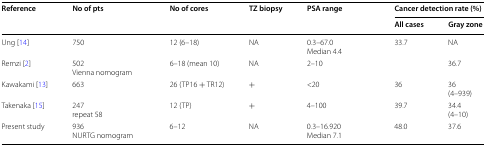
| <ROWSPAN=2> Reference | <ROWSPAN=2> No of pts | <ROWSPAN=2> No of cores | <ROWSPAN=2> TZ biopsy | <ROWSPAN=2> PSA range | <COLSPAN=2> Cancer detection rate (%) |
 | All cases | Gray zone |
 | --- | --- | --- | --- | --- | --- | --- |
 | Ung [14] | 750 | 12 (6–18) | NA | 0.3–67.0Median 4.4 | 33.7 | NA |
 | Remzi [2] | 502Vienna nomogram | 6–18 (mean 10) | NA | 2–10 |  | 36.7 |
 | Kawakami [13] | 663 | 26 (TP16 + TR12) | + | <20 | 36 | 36(4–939) |
 | Takenaka [15] | 247repeat 58 | 12 (TP) | + | 4–100 | 39.7 | 34.4(4–10) |
 | Present study | 936NURTG nomogram | 6–12 | NA | 0.3–16.920Median 7.1 | 48.0 | 37.6 |